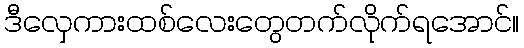
ဒီလှေကားထစ်လေးတွေတက်လိုက်ရအောင်။